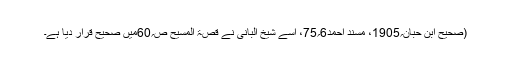
(صحیح ابن حبان؍1905، مسند احمد6؍75، اسے شیخ البانی نے قصۃ المسیح ص؍60میں صحیح قرار دیا ہے۔